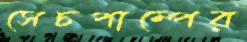
সেচপাম্পের